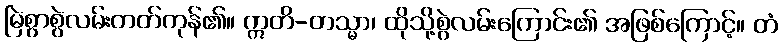
မြဲစွာစွဲလမ်းတတ်ကုန်၏။ ဣတိ-တသ္မာ၊ ထိုသို့စွဲလမ်းကြောင်း၏ အဖြစ်ကြောင့်။ တံ